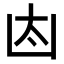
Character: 𠚀